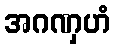
အဂဏှဟံ